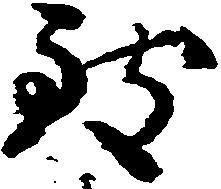
致